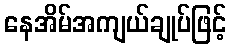
နေအိမ်အကျယ်ချုပ်ဖြင့်